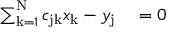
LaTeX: \begin{array} { r l } { \sum _ { \mathrm { k } = 1 } ^ { \mathrm { N } } c _ { \mathrm { j k } } x _ { \mathrm { k } } - y _ { \mathrm { j } } } & { { } = 0 } \end{array}